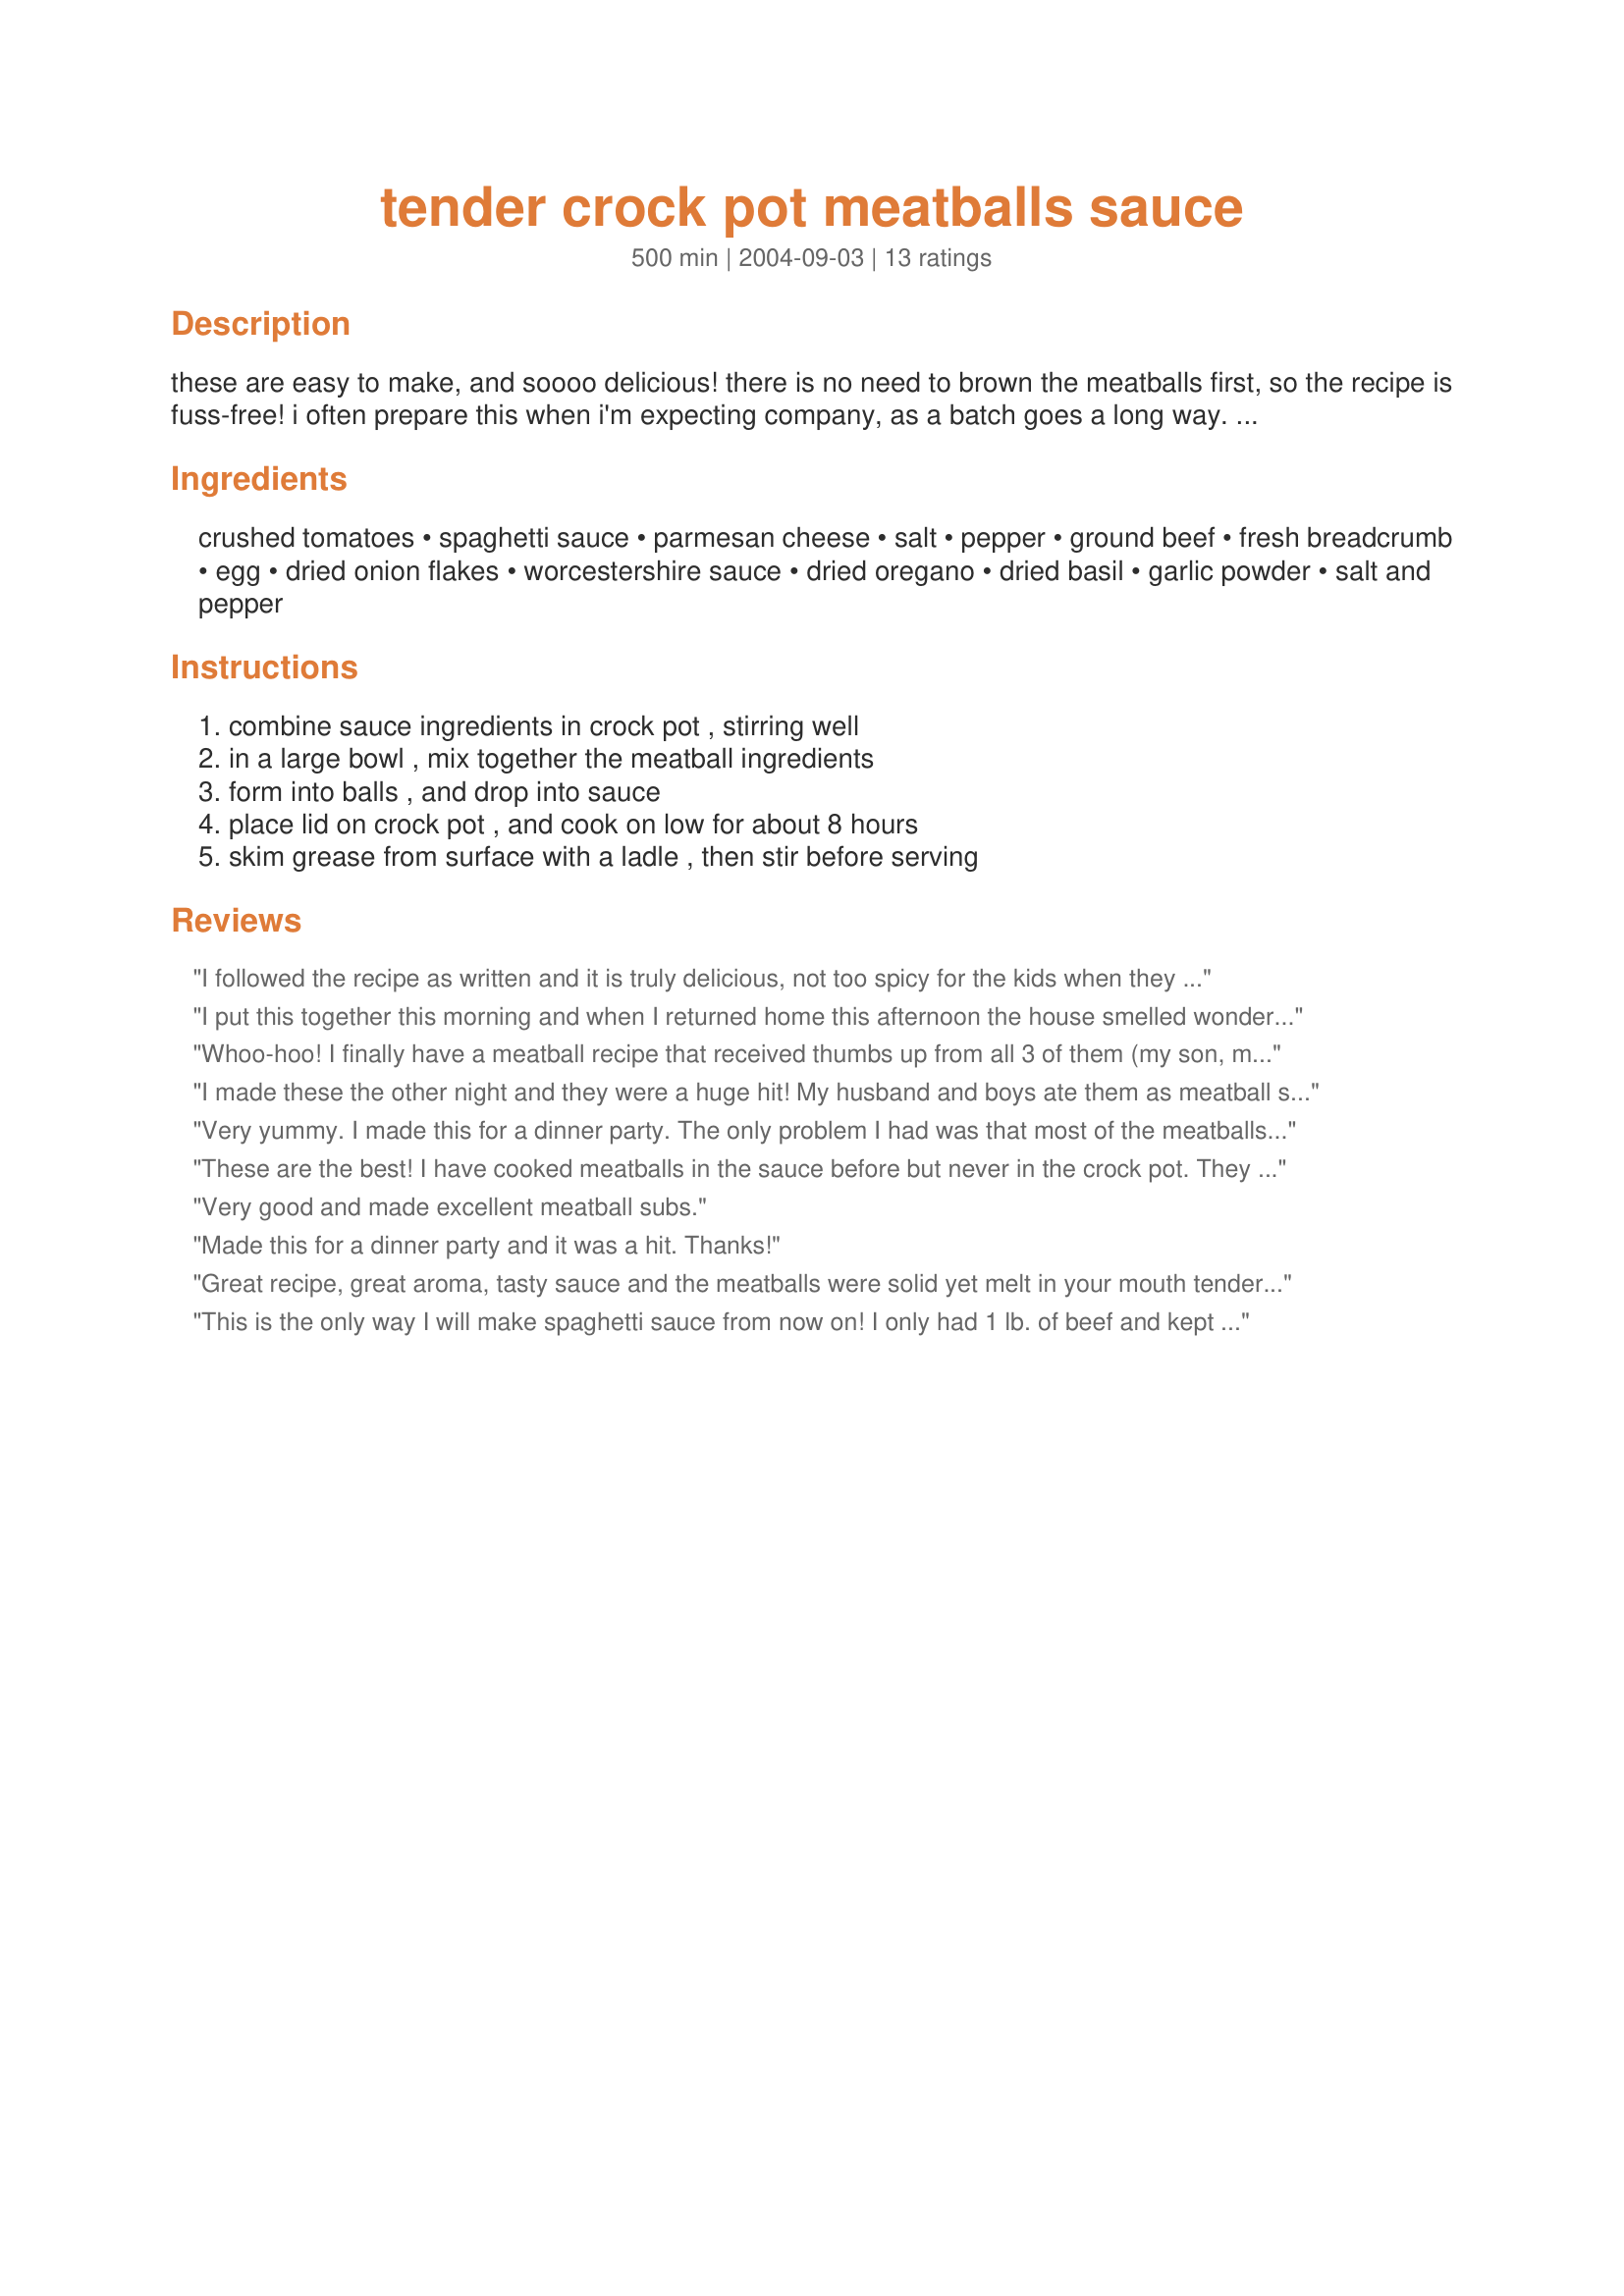
tender crock pot meatballs sauce
Preparation time: 500 minutes

these are easy to make, and soooo delicious! there is no need to brown the meatballs first, so the recipe is fuss-free! i often prepare this when i'm expecting company, as a batch goes a long way. serve with spaghetti and some fresh-baked bread, and you're all set! if desired, use half and freeze half for later use. (just thaw overnight, and heat through before serving.)

Ingredients:
crushed tomatoes, spaghetti sauce, parmesan cheese, salt, pepper, ground beef, fresh breadcrumb, egg, dried onion flakes, worcestershire sauce, dried oregano, dried basil, garlic powder, salt and pepper

Steps:
combine sauce ingredients in crock pot , stirring well, in a large bowl , mix together the meatball ingredients, form into balls , and drop into sauce, place lid on crock pot , and cook on low for about 8 hours, skim grease from surface with a ladle , then stir before serving

Reviews:
I followed the recipe as written and it is truly delicious, not too spicy for the kids when they visit.<br/>Thanks for posting this recipe.
I put this together this morning and when I returned home this afternoon the house smelled wonderful. The sauce and the meatballs were delicous. My son had 3 sandwhiches on rolls with shredded mozarella melted on top. My husband and I had elbow macaroni. We all enjoyed this very much, thanks for posting.
Whoo-hoo! I finally have a meatball recipe that received thumbs up from all 3 of them (my son, mom, dad)!!! I'm thrilled by this! I thought from the photo that it didn't look like a whole lot of sauce, so since I was cutting the meatballs down to 1/2 here, I left the sauce the same. I shouldn't have done that as there was an excess of sauce. So, my bad. 

A little greasy on the top, so I'm glad you added that into your instructions- otherwise, I would have thought it was an error on my part.

Yay, truebrit for putting this tasty recipe up for everyone to benefit!
I made these the other night and they were a huge hit! My husband and boys ate them as meatball subs, and I had them over pasta. They are definitely being added to our rotations. Thanks for a great recipe!
Very yummy. I made this for a dinner party. The only problem I had was that most of the meatballs just fell apart. I don't know if it was the type of meat I used (moose, which is very very lean), my crockpot (which bit the dust soon after), or something else I did wrong. In any case, they were very tasty and everyone liked them. We had them in hoagie rolls with melted mozzarella on top.
These are the best! I have cooked meatballs in the sauce before but never in the crock pot. They were extremely easy to make. I halved the recipe which turned out to be the right amount for our family, plus we had yummy leftovers for the next day. I used tomato sauce instead of crushed tomatoes, and Ragu spaghetti sauce. I omitted the parmesan cheese due to dairy allergy in the family. I did add a little Italian seasoning to the sauce and diced a small onion for the meat mixture, instead of onion flakes. They smelled wonderful cooking. The sauce was nice and thick. I served it over mostaccioli noodles and everyone loved them. This is how I will make meatballs from now on!
Very good and made excellent meatball subs.
Made this for a dinner party and it was a hit. Thanks!
Great recipe, great aroma, tasty sauce and the meatballs were solid yet melt in your mouth tender. I cooked up my pasta the night before. I made my meatballs up the night before also, refrigerated them and threw them into the pot the next morning...at the end of the day, I had my busy day, I had my dinner ready to go. I added some italian seasonings to the sauce as well and toward the end of the cooking I added just a bit of hot water to the sauce to thin it out. Thanks for posting!
This is the only way I will make spaghetti sauce from now on! I only had 1 lb. of beef and kept the rest of the ingredients the same. The taste was great and the leftover sauce was thick enough for delicious meatball sandwiches.
This was nice. A very tomatoey sauce quick and easy to prepare. Next time I might add a bit more flavour(spices etc) to the dish
This was about the best meatballs and sauce I've ever had. I used 2 lbs of meat because I buy my ground beef in bulk and freeze it in 1 lb packages. I followed the recipe just about exactly except I used salt and pepper in the meat but none in my sauce because I figured it had enough salt and pepper from the spaghetti sauce and parmesan cheese. Oh, I also used breadcrumbs from a can; I guess that's not fresh. First the sauce. I like a Tomatoe Bazil sauce so I used a jar of that. The parmesan cheese thickened up the sauce with the addition of the can of crushed tomatoes perfectly in my opinion, so the sauce was delicious. Yes, there was some grease floating on the top - so what? You are cooking ground beef. My beef was 80% lean, so I skimmed that off with a spoon. Second, the meatballs were as firm as you would want them - surprising given that I used a crock pot. I admit that I only cooked the meatballs for about 6 hours. The last hour I upped the temp to high to be sure they were done and then reduced it back to low when I saw the sauce boiling so that was really only like 1/2 hour on high. I guess because I like bazil so much the meatballs were delicious. My girls liked the meal too. Both of them had second helpings and I even had a third portion an hour later for desert - why not - the crock pot had not cooled down yet - ha! This made just the right amount of sauce to meatballs. I like a lot of sauce. I don't think I will be able to freeze any because they were so good, I can't wait to have some for lunch tomorrow. Thanks for such a simple but delicious meal!
We enjoyed these but wasn't really impressed. The sauce was way too watery for me and I didn't like how much grease there was either. Also while I was stirring the meatballs fell apart so I had more of a meat sauce than meatballs.
